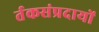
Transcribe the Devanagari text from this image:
र्तकसंप्रदायों